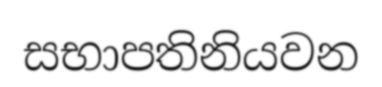
සභාපතිනියවන